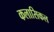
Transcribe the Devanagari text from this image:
कलासिकल